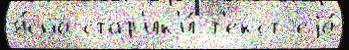
я́сно стар'ик'и́ т'екст еjо́